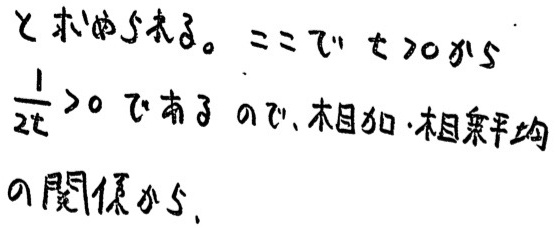
とおく。==である。
$\frac{1}{2t}>0$であるので、相加・相乗平均
の関係から、